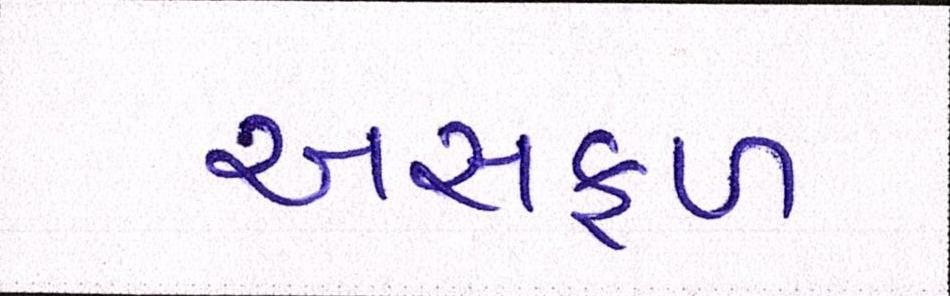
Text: અસફળ